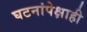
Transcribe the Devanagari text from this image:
घटनांपेक्षाही